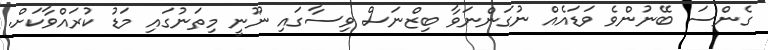
ގެންސަ ބޭނުންވެ ވަޑައެއް ނުގަންނަވާ ބިޒްނަސް ވިސާގައި ނޫނީ މިތަނުގައި މަޑު ކުރައްވާކަށް.